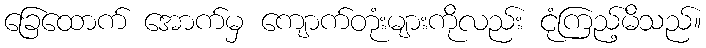
ခြေထောက် အောက်မှ ကျောက်တုံးများကိုလည်း ငုံကြည့်မိသည်။